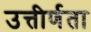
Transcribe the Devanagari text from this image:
उत्तीर्णता